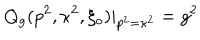
LaTeX: Q _ { g } ( p ^ { 2 } , \kappa ^ { 2 } , \xi _ { o } ) | _ { p ^ { 2 } = \kappa ^ { 2 } } = g ^ { 2 }